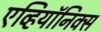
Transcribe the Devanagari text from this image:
एव्हियॉनिक्स